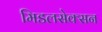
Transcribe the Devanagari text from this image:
मिडलसेक्सन